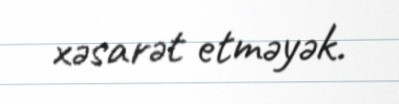
xəsarət etməyək.